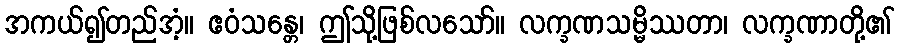
အကယ်၍တည်အံ့။ ဧဝံသန္တေ၊ ဤသို့ဖြစ်လသော်။ လက္ခဏသမ္မိဿတာ၊ လက္ခဏာတို့၏